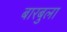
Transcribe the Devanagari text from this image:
बारबुला